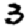
Digit: 3